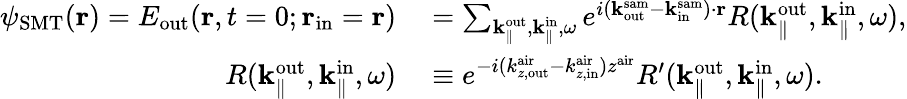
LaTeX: \begin{array}{rl}{\psi_{\mathrm{SMT}}({\mathbf r})=E_{\mathrm{out}}({\mathbf r},t=0;{\mathbf r}_{\mathrm{in}}={\mathbf r})}&{{}=\sum_{{\mathbf k}_{\parallel}^{\mathrm{out}},{\mathbf k}_{\parallel}^{\mathrm{in}},\omega}e^{i({\mathbf k}_{\mathrm{out}}^{\mathrm{sam}}-{\mathbf k}_{\mathrm{in}}^{\mathrm{sam}})\cdot{\mathbf r}}R({\mathbf k}_{\parallel}^{\mathrm{out}},{\mathbf k}_{\parallel}^{\mathrm{in}},\omega),}\\ {R({\mathbf k}_{\parallel}^{\mathrm{out}},{\mathbf k}_{\parallel}^{\mathrm{in}},\omega)}&{{}\equiv e^{-i(k_{z,\mathrm{out}}^{\mathrm{air}}-k_{z,\mathrm{in}}^{\mathrm{air}})z^{\mathrm{air}}}R^{\prime}({\mathbf k}_{\parallel}^{\mathrm{out}},{\mathbf k}_{\parallel}^{\mathrm{in}},\omega).}\end{array}